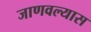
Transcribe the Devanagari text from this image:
जाणवल्यास